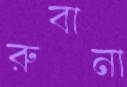
রুবানা